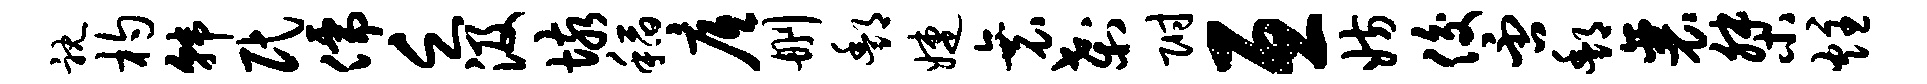
耽杓韩民儒乏汲垓稻底删酆婕衰刹附亘妨俊否酆襄桀炷